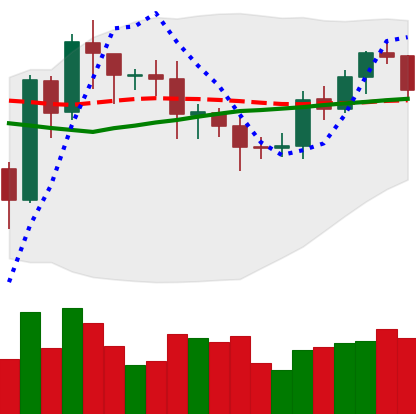
Ticker: EOS-USD
Chart end date: 2020-07-24
Forward return: 16.653%
Label: up_7plus